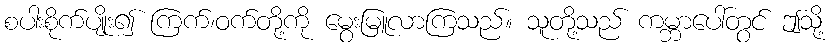
စပါးစိုက်ပျိုး၍ ကြက်၊ဝက်တို့ကို မွေးမြူလာကြသည်။ သူတို့သည် ကမ္ဘာပေါ်တွင် ဤသို့